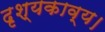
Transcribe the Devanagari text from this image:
दृश्यकाव्य।